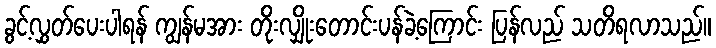
ခွင့်လွှတ်ပေးပါရန် ကျွန်မအား တိုးလျှိုးတောင်းပန်ခဲ့ကြောင်း ပြန်လည် သတိရလာသည်။